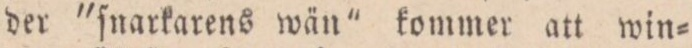
der ”ſnarkarens wän”kommer att win=